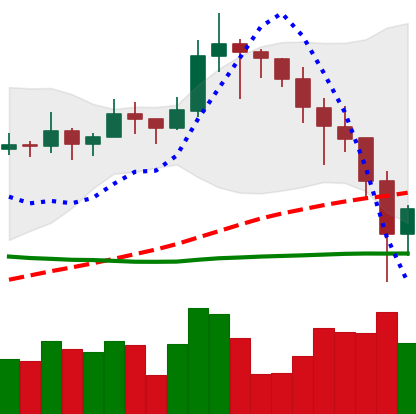
Ticker: LINK-USD
Chart end date: 2019-11-23
Forward return: -7.171%
Label: down_7plus